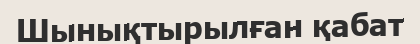
Шынықтырылған қабат